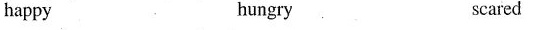
happy hungry scared